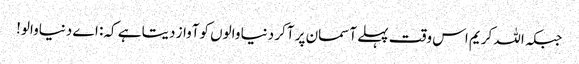
جبکہ اللہ کریم اس وقت پہلے آسمان پر آکر دنیا والوں کوآواز دیتا ہے کہ: اے دنیاوالو!